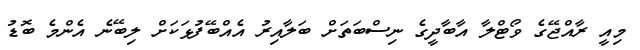
މިއީ ރާއްޖޭގެ ވޯޓްލާ އާބާދީގެ ނިސްބަތަށް ބަލާއިރު އެއްބޭފުޅަކަށް ލިބޭނެ އެންމެ ބޮޑު